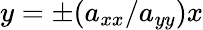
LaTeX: y=\pm(a_{xx}/a_{yy})x